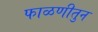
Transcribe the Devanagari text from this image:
फाळणीतुन